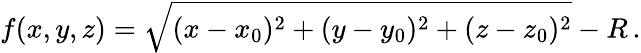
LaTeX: f(x,y,z)=\sqrt{(x-x_{0})^{2}+(y-y_{0})^{2}+(z-z_{0})^{2}}-R\, .